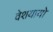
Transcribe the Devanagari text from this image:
वेशयायो